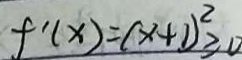
f ^ { \prime } ( x ) = ( x + 1 ) ^ { 2 } \geq 0